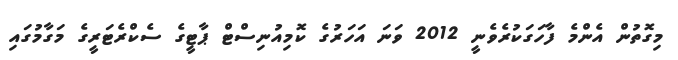
މިގޮތުން އެންމެ ފާހަގަކުރެވެނީ 2012 ވަނަ އަހަރުގެ ކޮމިއުނިސްޓް ޕާޓީގެ ސެކްރެޓަރީގެ މަގާމުގައި